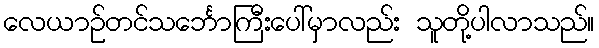
လေယာဉ်တင်သင်္ဘောကြီးပေါ်မှာလည်း သူတို့ပါလာသည်။